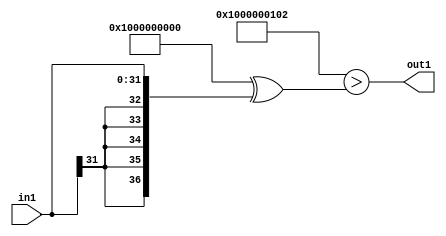
`timescale 1ps / 1ps
/*****************************************************************************
    Verilog RTL Description
    
    
    Created by: Stratus DpOpt 2019.1.01 
*******************************************************************************/

module DC_Filter_LtiLLs32_4 (
	in1,
	out1
	); /* architecture "behavioural" */ 
input [31:0] in1;
output  out1;
wire  asc001;

assign asc001 = ((37'B1000000000000000000000000000000000000 ^ 37'B0000000000000000000000000000100000010)>(37'B1000000000000000000000000000000000000
    ^ {{5{in1[31]}}, in1}));

assign out1 = asc001;
endmodule

/* CADENCE  uLTySw0= : u9/ySgnWtBlWxVPRXgAZ4Og= ** DO NOT EDIT THIS LINE ******/